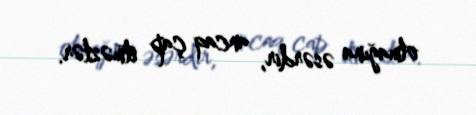
olmağına əsərdir, ancaq çap etməzlər.